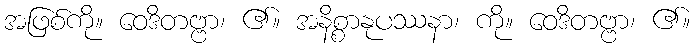
အဖြစ်ကို။ ဝေဒိတဗ္ဗာ၊ ၏။ အနိစ္စာနုပဿနာ၊ ကို။ ဝေဒိတဗ္ဗာ၊ ၏။